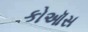
કોઑસ